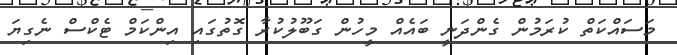
މަސައްކަތް ކުރަމުން ގެންދަނީ ބައެއް މީހުން ގަބޫލުކުރާ ގޮތުގައި އިންކަމް ޓެކްސް ނެގިޔަ